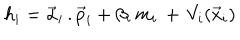
h _ { i } = \vec { \alpha } _ { i } \, . \vec { p } _ { i } + \beta _ { i } \, m _ { i } \, + \, V _ { i } ( \vec { x } _ { i } )